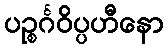
ပဉ္စင်္ဂဝိပ္ပဟီနော